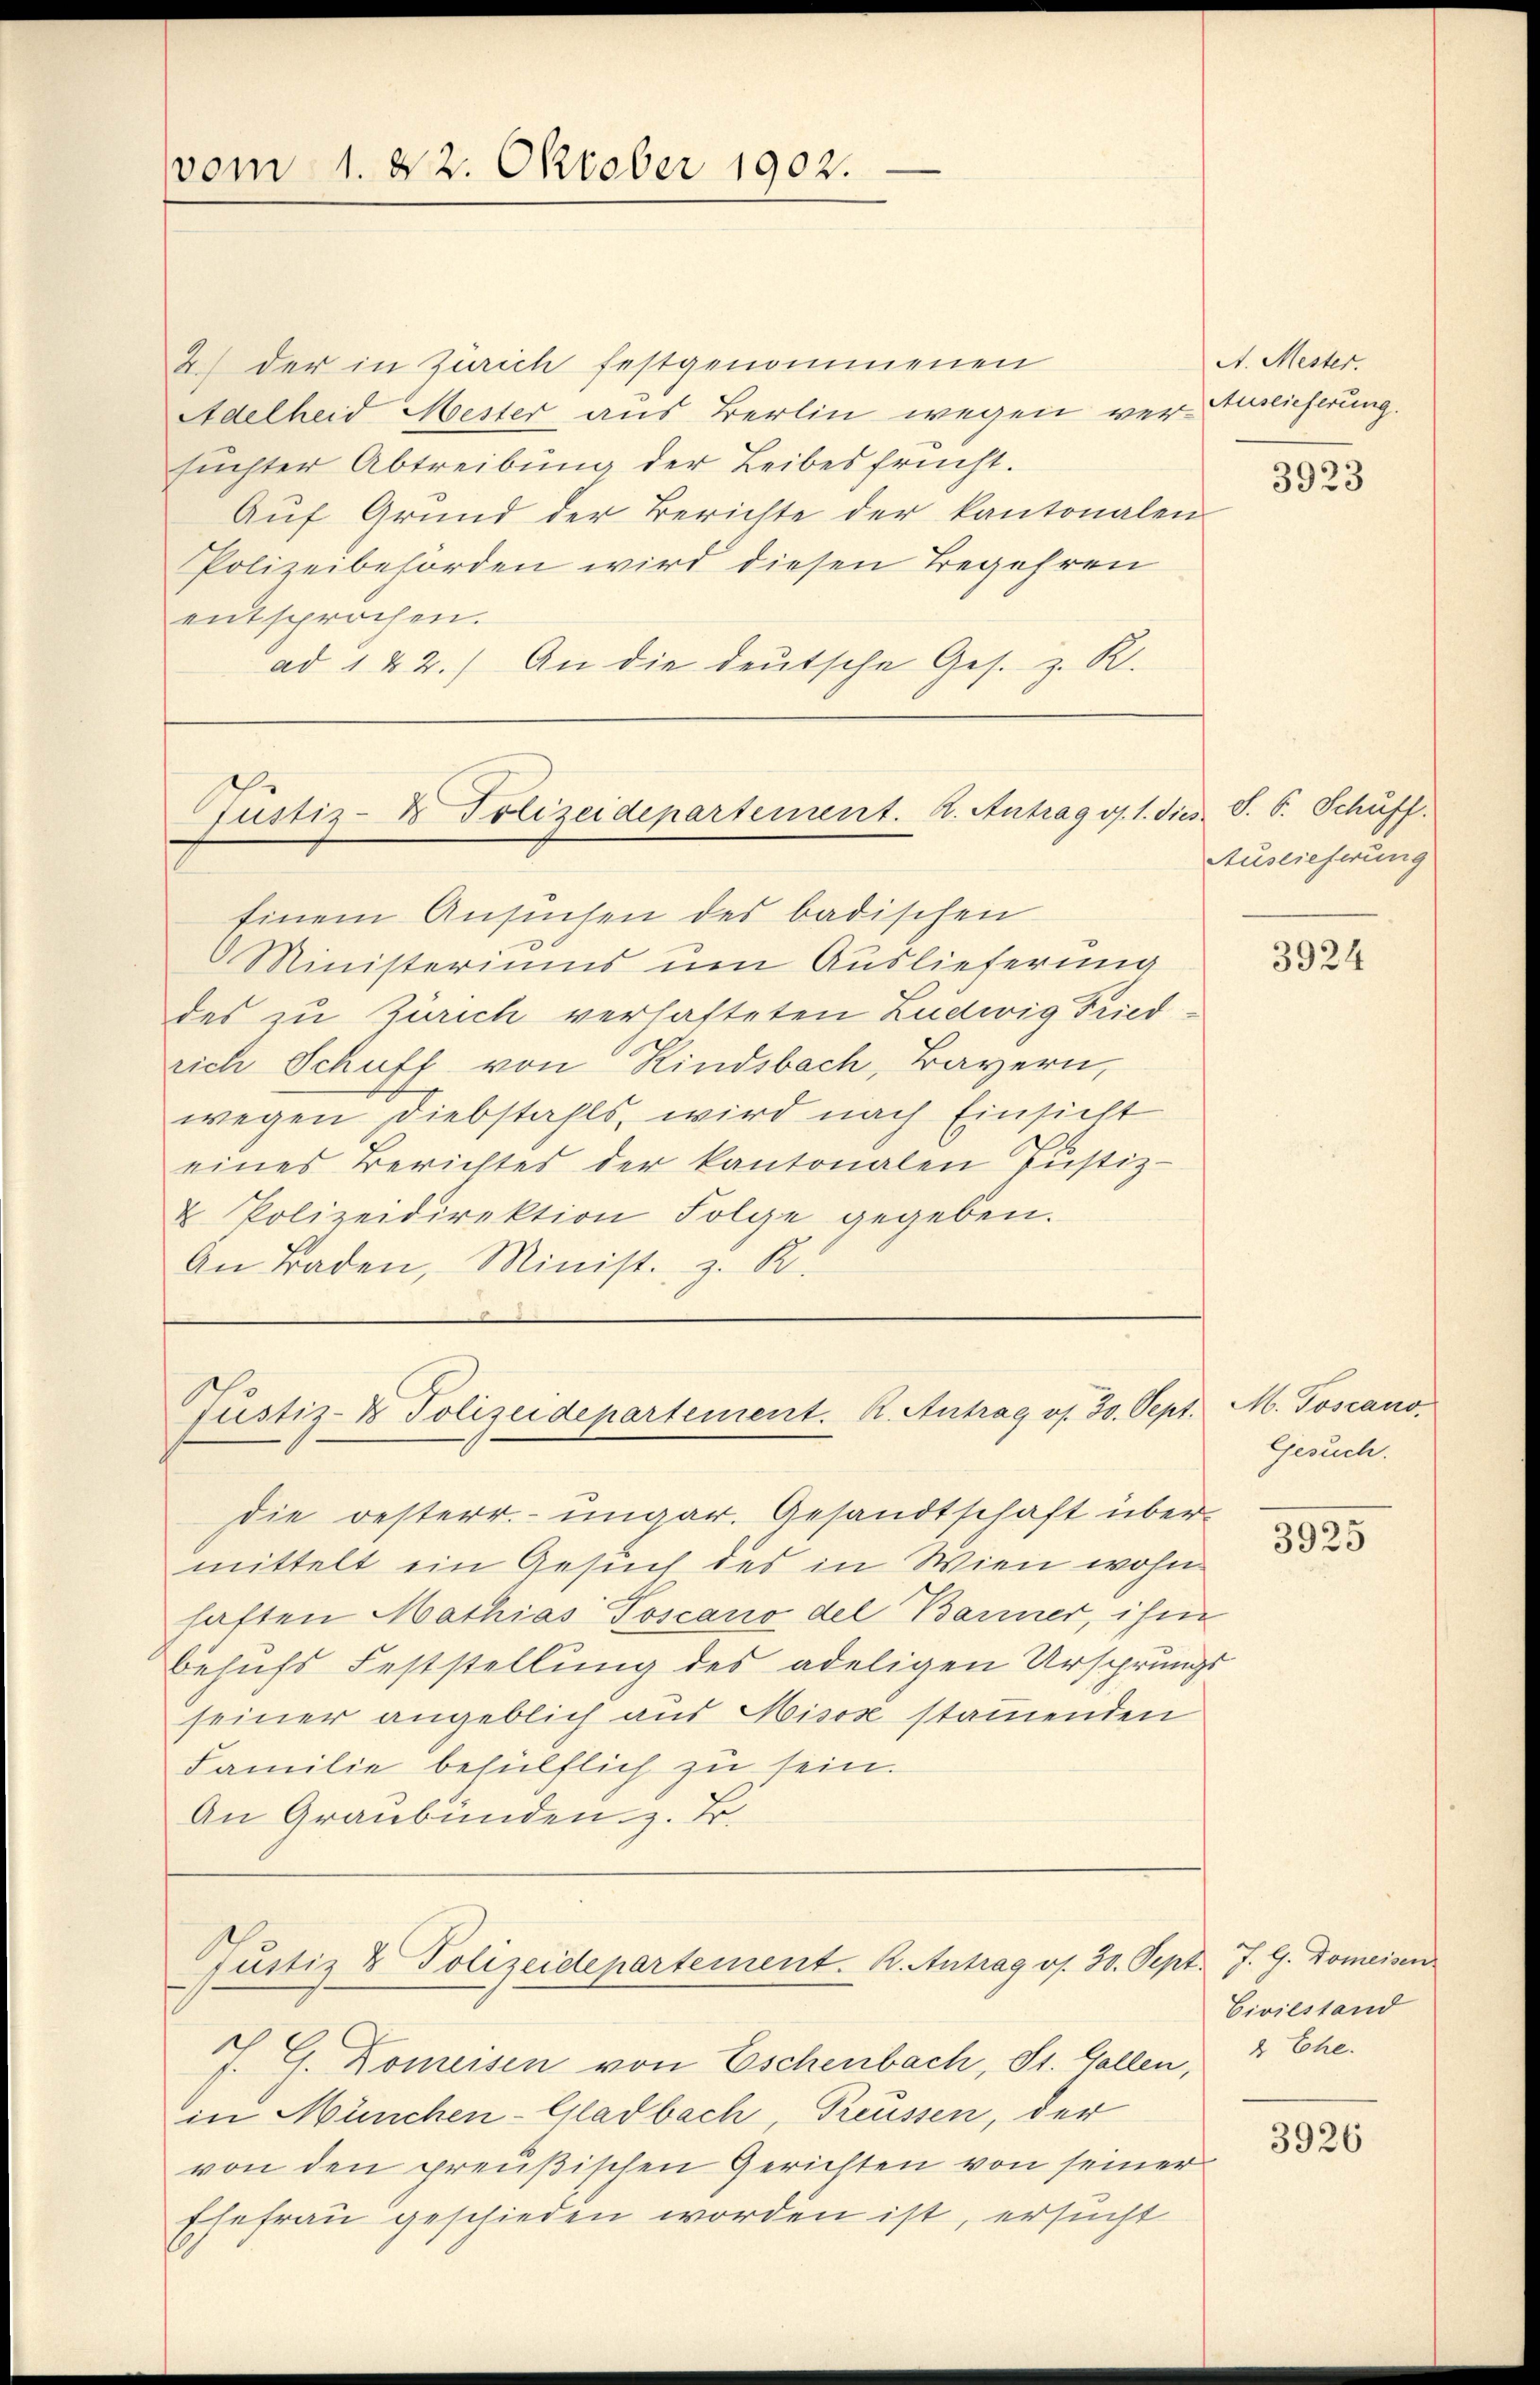
vom 1. 22. Oktober 1902.

2) der in Zürich festgenommenen
Adelheid Mester aus Berlin wegen verblicherung.
suchter Abtreibung der Leibesfrucht.
Auf Grund der Berichte der kantonalen
Polizeibehörden wird diesen Begehren
entsprochen.
ad 142.) An die deutsche Ges. z. R.

Justiz- & Polizeidepartement. A. Antrag v. 1. dies. S. S. Schuff.

Justiz- & Polizeidepartement. K. Antrag v. 30. Sept.

A. Mester.
3923

Einem Ansuchen des badischen
0 Ministeriums um Auslieferung
des zu Zürich verhafteten Ludwig Friedrich Schuff von Kindsbach, Bayern,
wegen Diebstahls, wird nach Einsicht
eines Berichtes der kantonalen Justiz-
u Polizeidirektion Folge gegeben.
An Baden, Minist. z. R.

Auslieferung

die oesterr. ungar. Gesandtschaft übermittelt ein Gesuch des in Wien wohn
haften Mathias Toscano del Barmer, ihm
Behufs Feststellung des adeligen Ursprunge
seiner angeblich aus Misox stammenden
Familie behülflich zu sein.
An Graubünden z. B.
Justiz & Polizeidepartement. R. Antrag os. 30. Sept. J. G. Domeisen
J. G. Domeisen von Eschenbach, St. Gallen, 2 Ehe.
in München-Gladbach, Preussen, der
von den preußischen Gerichten von seiner
Ehefrau geschieden worden ist, ersucht

3924

M. Toscano
Gesuch.

3925

Civilstand

3926